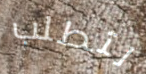
لتطلب